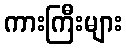
ကားကြီးများ